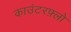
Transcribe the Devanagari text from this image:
काउंटरफ़्लो